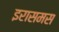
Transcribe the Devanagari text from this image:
इरासमस